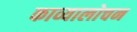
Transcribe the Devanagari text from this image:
काव्यालोचन